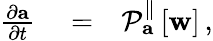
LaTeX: \begin{array}{rlr}{\frac{\partial\mathbf{a}}{\partial t}}&{{}=}&{\mathcal{P}_{\mathbf{a}}^{\parallel}\left[\mathbf{w}\right]\, ,}\end{array}